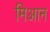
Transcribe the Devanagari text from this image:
मिआन